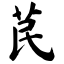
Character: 苠